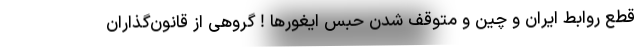
قطع روابط ایران و چین و متوقف شدن حبس ایغورها ! گروهی از قانون‌گذاران